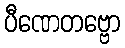
ပီဏေတဗ္ဗော